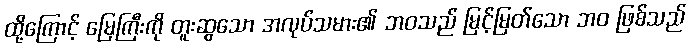
ထို့ကြောင့် မြေကြီးကို တူးဆွသော အလုပ်သမား၏ ဘဝသည် မြင့်မြတ်သော ဘဝ ဖြစ်သည်